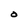
Character: O